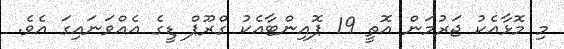
މި މޮޅާއެކު ޖަރުމަން އޮތީ 19 ޕޮއިންޓާއެކު ގްރޫޕް ޑީގެ އެއްވަނައިގަ އެވެ.